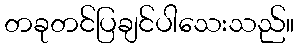
တခုတင်ပြချင်ပါသေးသည်။